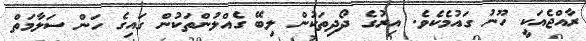
ރާއްޖެއަކީ ހޫނު ގައުމެކެވެ. އިރުގެ ދޯދިތަކުން ލިބޭ ގެއްލުންތަކުން ގައިގެ ހަން ސަލާމަތް